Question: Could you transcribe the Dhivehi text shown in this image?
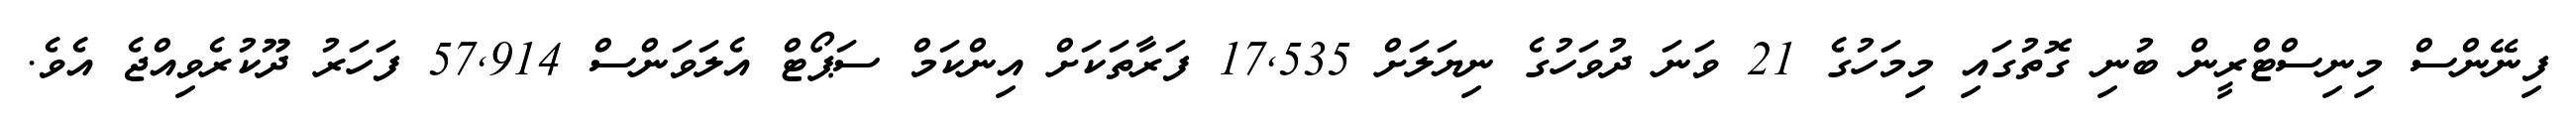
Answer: ފިނޭންސް މިނިސްޓްރީން ބުނި ގޮތުގައި މިމަހުގެ 21 ވަނަ ދުވަހުގެ ނިޔަލަށް 17,535 ފަރާތަކަށް އިންކަމް ސަޕޯޓް އެލަވަންސް 57,914 ފަހަރު ދޫކުރެވިއްޖެ އެވެ.